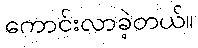
ကောင်းလာခဲ့တယ်။